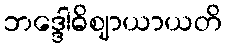
ဘဒ္ဒေါဓိဈာယာယတိ